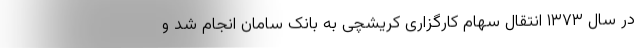
در سال ۱۳۷۳ انتقال سهام کارگزاری کریشچی به بانک سامان انجام شد و